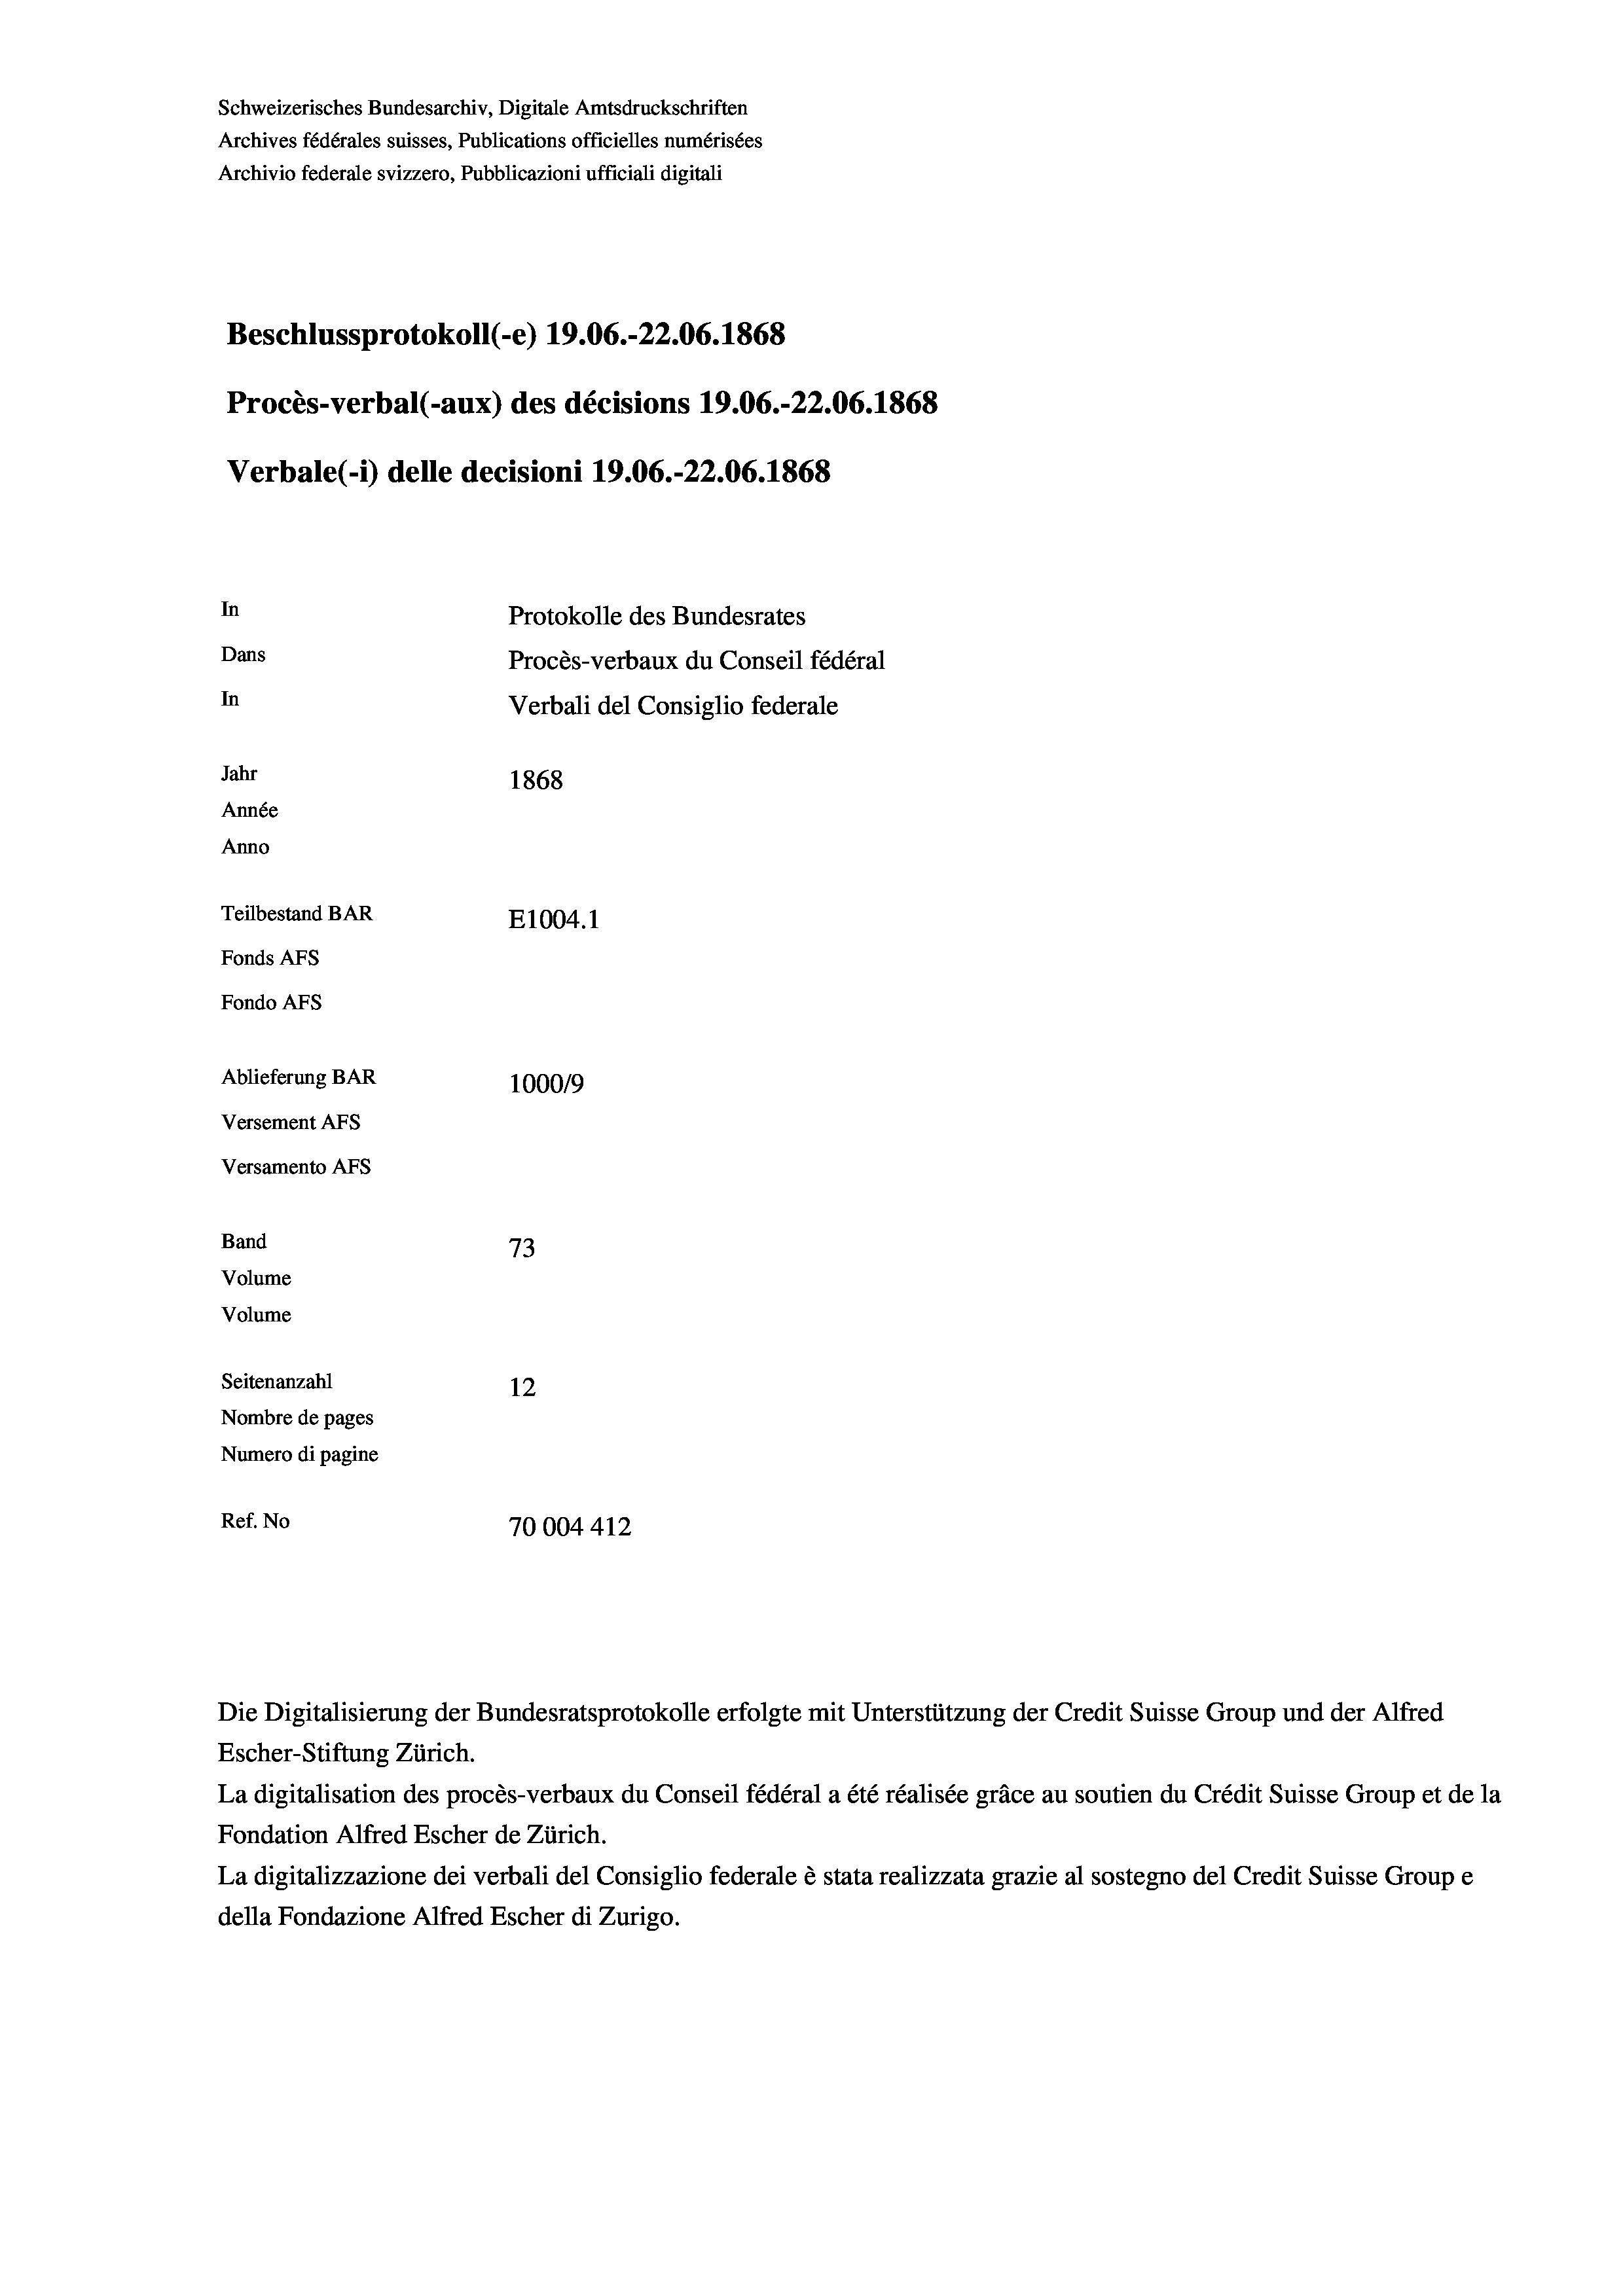
Schweizerisches Bundesarchiv, Digitale Amtsdruckschriften
Archives fédérales suisses, Publications officielles numérisées
Archivio federale svizzero, Pubblicazioni ufficiali digitali
Beschlussprotokoll (-e) 19.06.-22.06. 1868
Procès-verbal (-aux) des décisions 19.06.-22.06. 1868
Verbale (i) delle decisioni 19.06.-22.06. 1868
In
Protokolle des Bundesrates
Dans
Procès-verbaux du Conseil fédéral
In
Verbali del Consiglio federale
Jahr
1868
Année
Anno
Teilbestand BAR
E1004. 1
Fonds AFs
Fondo Afs
Ablieferung BAR
100019
Versement AFs
Versamento Afs
Band
73
Volume
Volume
Seitenanzahl
12
Nombre de pages
Numero di pagine
Ref. No
70004412

Escher-Stiftung Zürich.
La digitalisation des procès-verbaux du Conseil fédéral a été réalisée gräce au soutien du Crédit Suisse Group et de la
Fondation Alfred Escher de Zürich.
La digitalizzazione dei verbali del Consiglio federale è stata realizzata grazie al sostegno del Credit Suisse Groupe
della Fondazione Alfred Escher di Zurigo.

Die Digitalisierung der Bundesratsprotokolle erfolgte mit Unterstützung der Credit Suisse Group und der Alfred